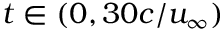
t \in ( 0 , 3 0 c / u _ { \infty } )